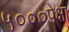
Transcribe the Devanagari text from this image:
५०००पेक्षा